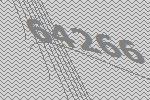
64266